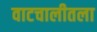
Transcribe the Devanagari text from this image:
वाटचालीतला